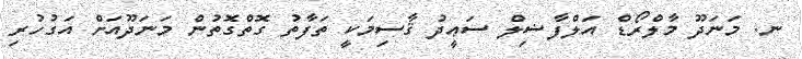
ނ. މަނަދޫ މާލްރޯޑް އަލްފާޟިލް ސަޢީދު ޤާސިމަކީ ތަފާތު ގޮތްގޮތުން މަނަދޫއަށް އަގުހުރި